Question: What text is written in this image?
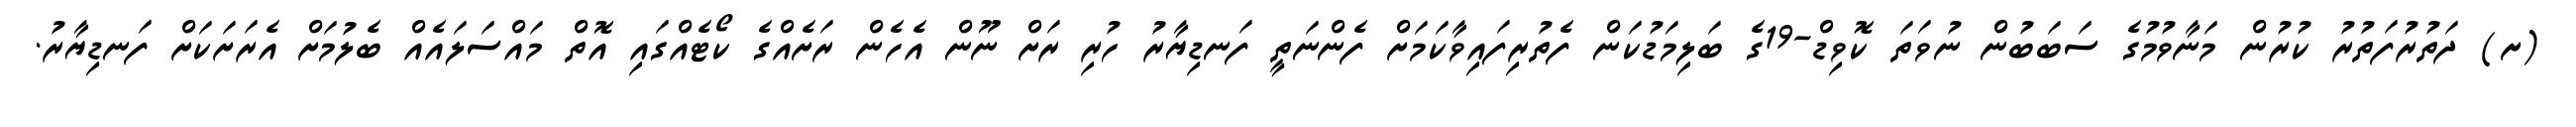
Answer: (ށ) ދަތުރުފަތުރު ކުރުން މަނާވުމުގެ ސަބަބުން ނުވަތަ ކޮވިޑް-19ގެ ބަލިމަޑުކަން ފެތުރިފައިވާކަމަށް ފެންނަތީ ފަނޑިޔާރު ހުރި ރަށް ނޫން އެހެން ރަށެއްގެ ކޯޓެއްގައި އޮތް މައްސަލައެއް ބެލުމަށް އެރަށަކަށް ފަނޑިޔާރު.